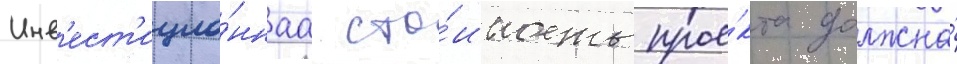
Инв'ест'ицио́ннаа сто́имость прое́кта должна́